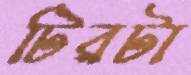
টিরটা